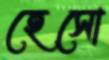
হেসো